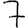
Digit: 7